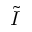
\tilde { I }